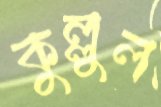
কুল্লুল